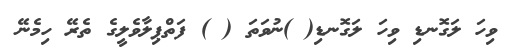
ވިހަ ލަގޮނޑި ވިހަ ލަގޮނޑި( )ނުވަތަ ( ) ފަތްޕިލާވެލީގެ ތެރޭ ހިމެނޭ